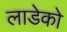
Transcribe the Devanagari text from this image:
लाडेको